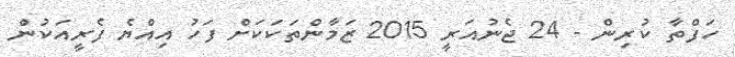
ހަފްތާ ކުރިން - 24 ޖެނުއަރީ 2015 ޒަމާންތަކަކަށް ފަހު އިއްޔެ ފެރީއަކުން